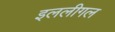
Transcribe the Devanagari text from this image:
इललीगल